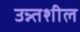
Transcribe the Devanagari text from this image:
उन्न्तशील